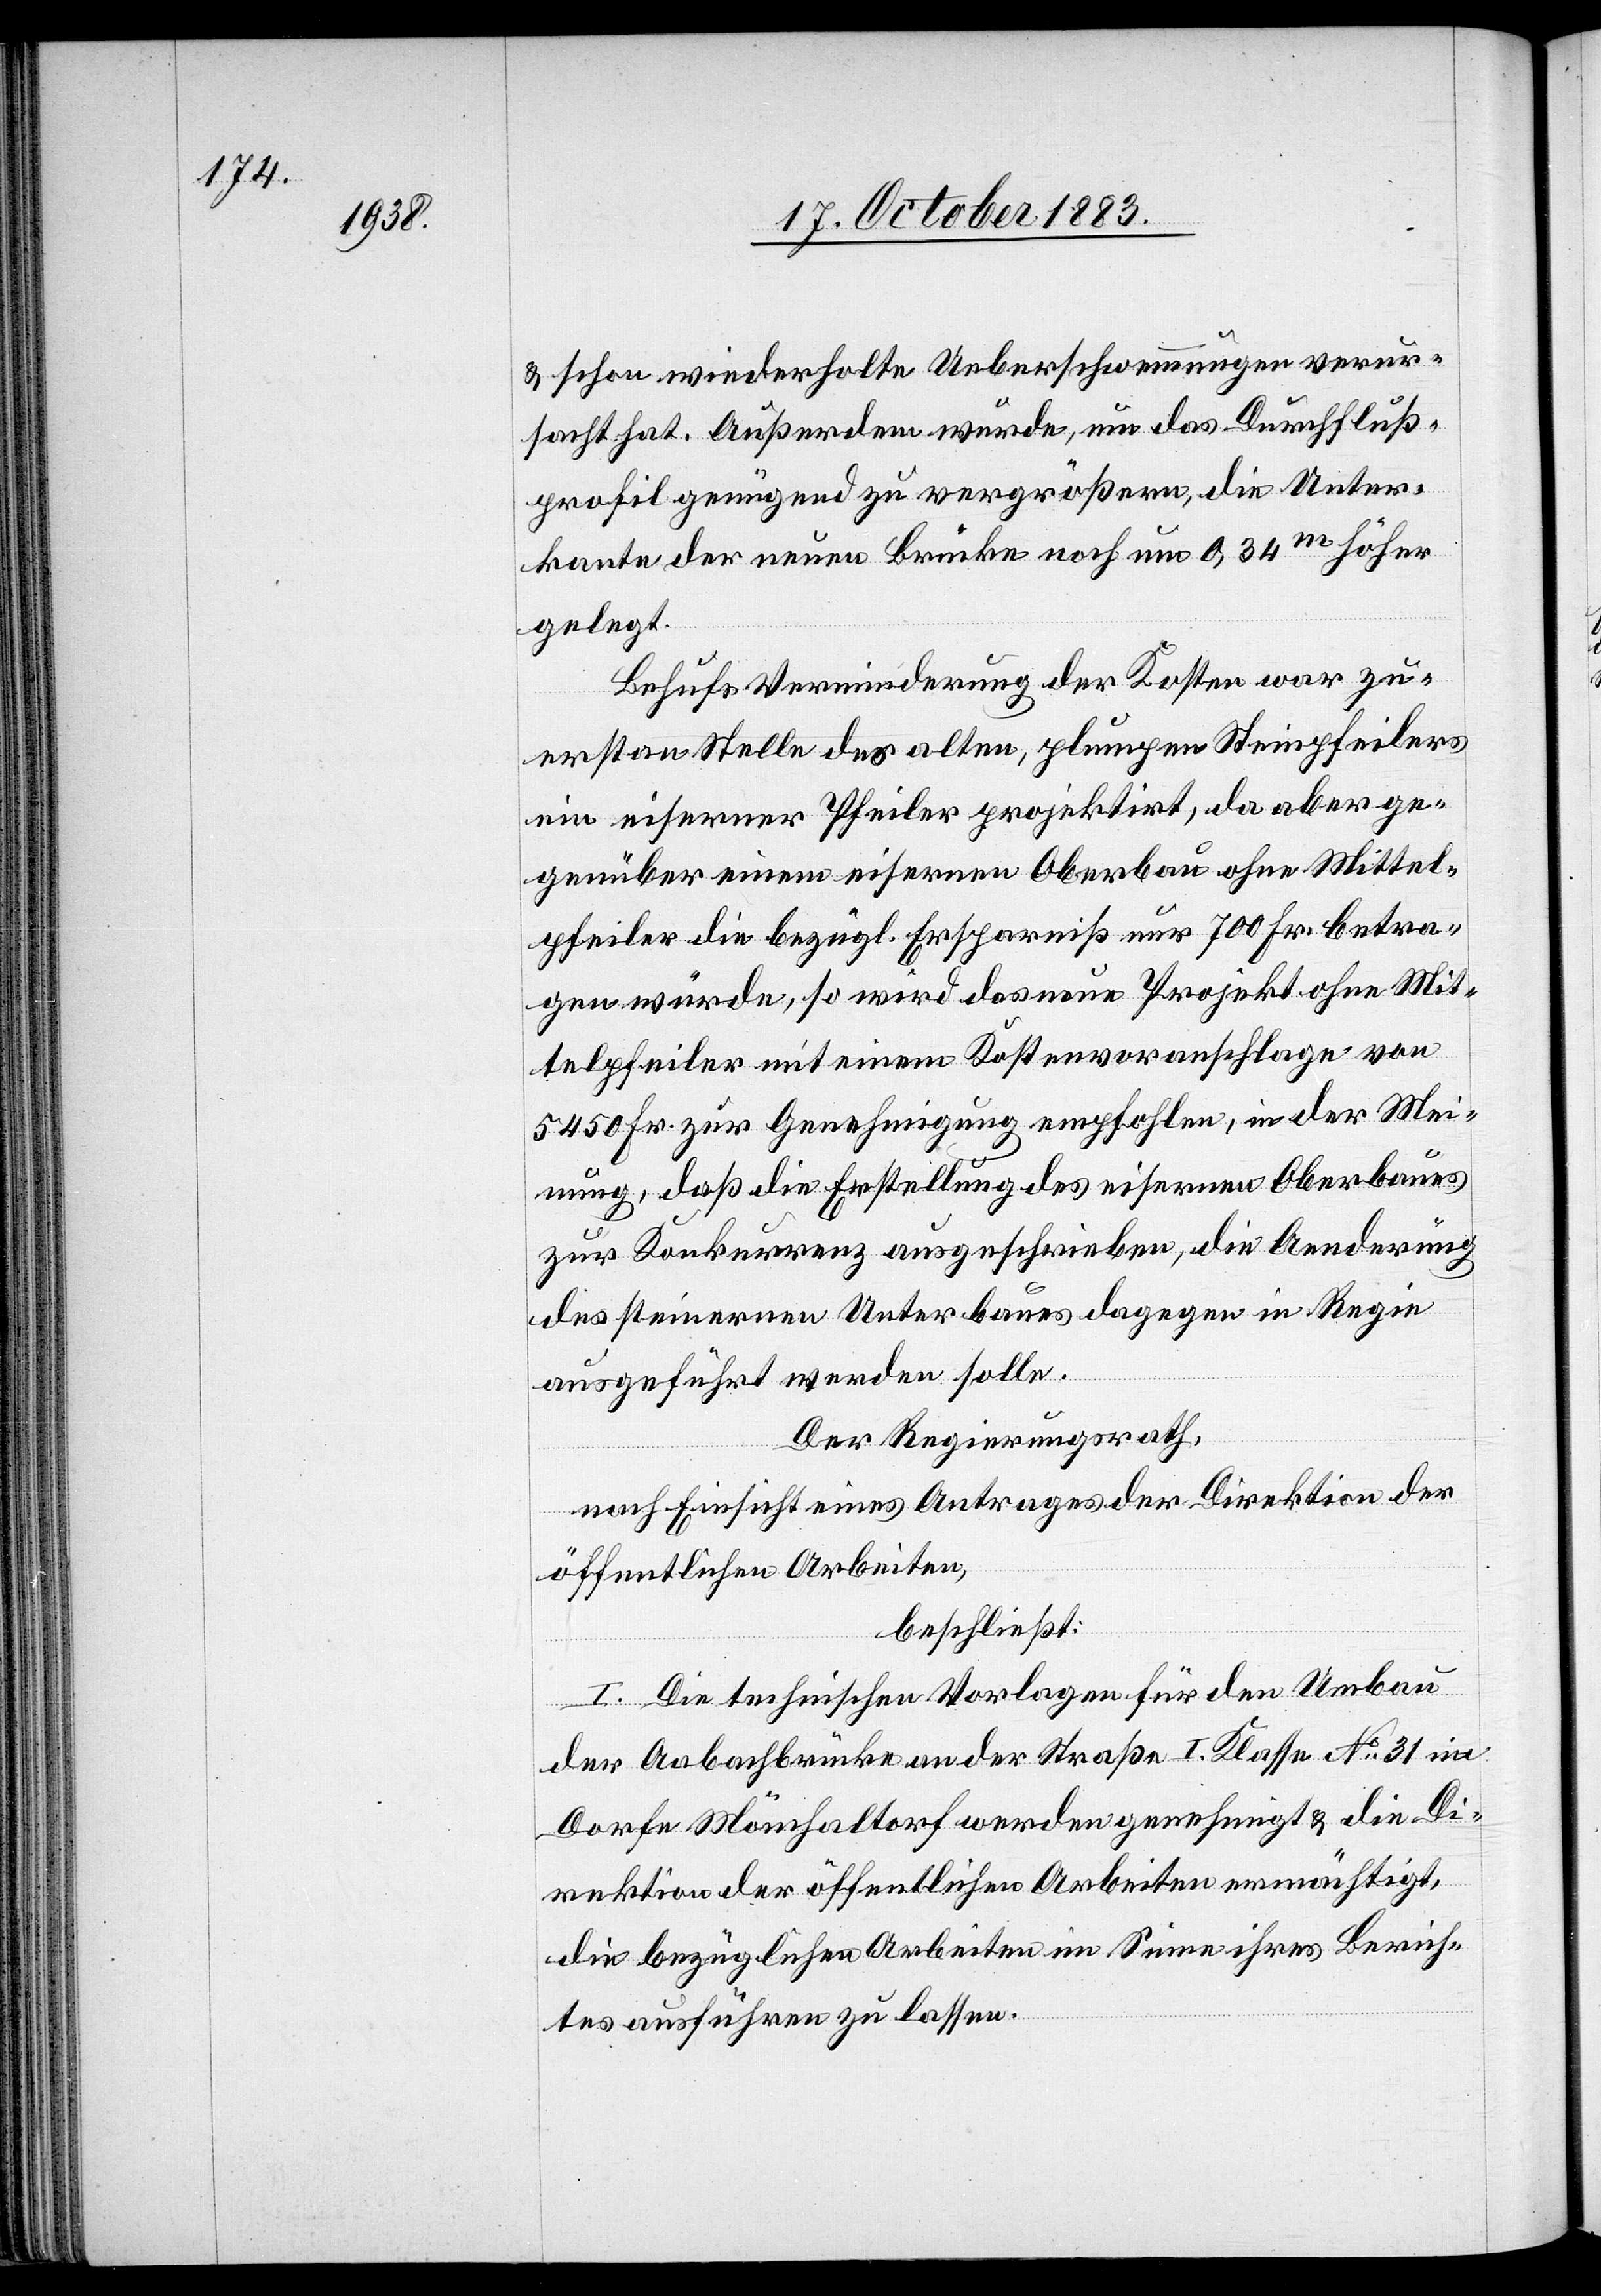
& schon wiederholte Ueberschwemmungen verur¬
sacht hat. Außerdem wurde, um das Durchfluß¬
profil genügend zu vergrößern, die Unter¬
kante der neuen Brücke noch um 0,34m höher
gelegt.
Behufs Verminderung der Kosten war zu¬
erst an Stelle des alten, plumpen Steinpfeilers
ein eiserner Pfeiler projektirt, da aber ge¬
genüber einem eisernen Oberbau ohne Mittel¬
pfeiler die bezügl. Ersparniß nur 700 Fr. betra¬
gen würde, so wird das neue Projekt ohne Mit¬
telpfeiler mit einem Kostenvoranschlage von
5450 Fr. zur Genehmigung empfohlen, in der Mei¬
nung, daß die Erstellung des eisernen Oberbaues
zur Konkurrenz ausgeschrieben, die Aenderung
des steinernen Unterbaues dagegen in Regie
ausgeführt werden solle.
Der Regierungsrath,
nach Einsicht eines Antrags der Direktion der
öffentlichen Arbeiten,
beschließt:
I. Die technischen Vorlagen für den Umbau
der Aabachbrücke an der Straße I. Klasse No 31 im
Dorfe Mönchaltorf werden genehmigt & die Di¬
rektion der öffentlichen Arbeiten ermächtigt,
die bezüglichen Arbeiten im Sinne ihres Berich¬
tes ausführen zu lassen.